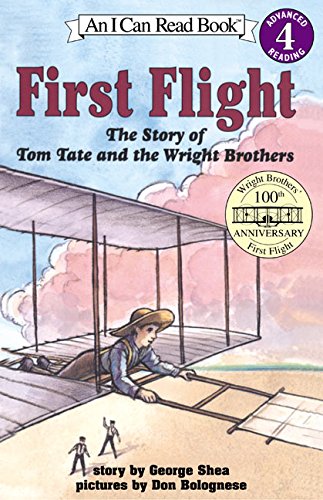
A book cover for First Flight: The Story of Tom Tate and the Wright Brothers (I Can Read Level 4); George Shea; Children's Books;